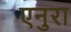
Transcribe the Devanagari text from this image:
एनुरा